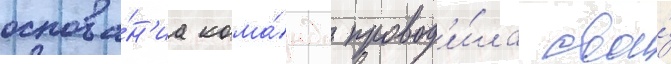
основа́н'иа кома́нда провод'и́ла свои́